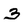
Character: 3